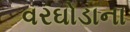
વરઘોડાના